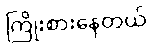
ကြိုးစားနေတယ်